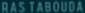
RAS TABOUDE